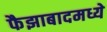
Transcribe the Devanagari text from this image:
फैझाबादमध्ये